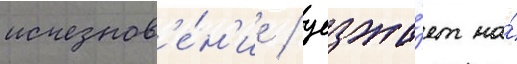
исчезнов'е́н'ие / уезжа́ет на́